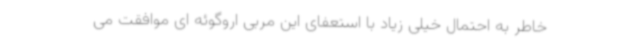
خاطر به احتمال خیلی زیاد با استعفای این مربی اروگوئه ای موافقت می